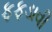
ફફડાવી